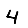
Digit: 4